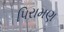
પિરામણ